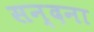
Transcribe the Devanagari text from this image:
सन्दना